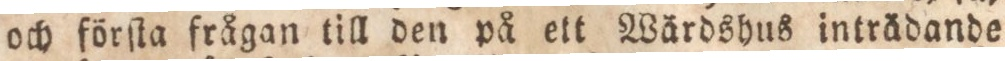
och förſta frågan till den på ett Wärdshus inträdande